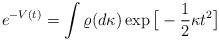
LaTeX: \begin{align*}e^{-V(t)} = \int \varrho (d\kappa) \exp\big[-\frac{1}{2}\kappa t^2 \big]\end{align*}